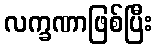
လက္ခဏာဖြစ်ပြီး